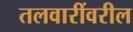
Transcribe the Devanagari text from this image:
तलवारींवरील